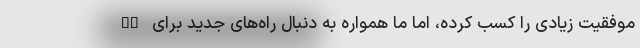
Xs موفقیت زیادی را کسب کرده، اما ما همواره به دنبال راه‌های جدید برای